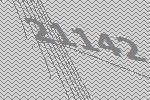
21142